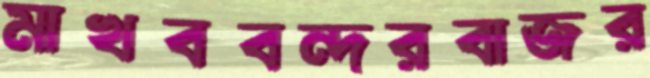
মাখববন্দরবাজর